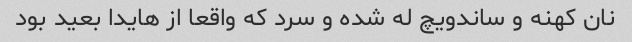
نان کهنه و ساندویچ له شده و سرد که واقعا از هایدا بعید بود